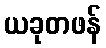
ယခုတဖန်